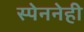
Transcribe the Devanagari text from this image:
स्पेननेही